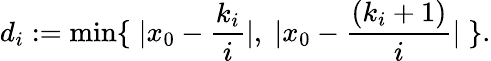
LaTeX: d_{i}:=\operatorname*{min}\{ \; |x_{0}-{\frac{k_{i}}{i}}|,\; |x_{0}-{\frac{(k_{i}+1)}{i}}|\; \} .